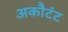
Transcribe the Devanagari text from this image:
अकौटंट